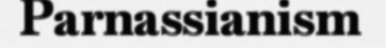
Parnassianism